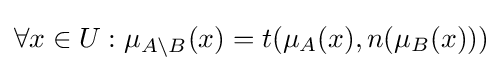
\forall x\in U:\mu _{A\setminus {B}}(x)=t(\mu _{A}(x),n(\mu _{B}(x)))